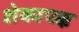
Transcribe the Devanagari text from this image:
शेकापक्ष